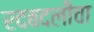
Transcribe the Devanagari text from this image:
रदबदलीचा